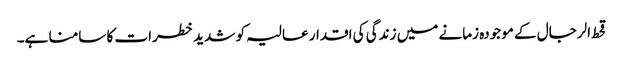
قحط الرجال کے موجودہ زمانے میں زندگی کی اقدار عالیہ کو شدید خطرات کا سامنا ہے۔